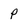
Character: p